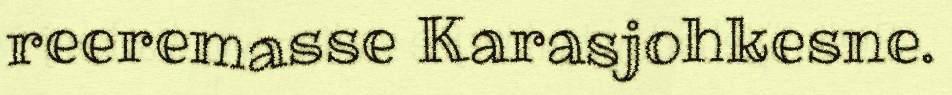
reeremasse Karasjohkesne.